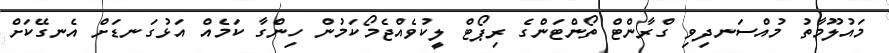
މައުލޫމާތު މުއްސަނދިވި ގްރާންޓް ތޯންޓަންގެ ރިޕޯޓް ލީކުވެއްޖެމޯކަމުން ހިންގާ ކަމެއް އަޅުގަނޑަށް އެނގޭކަށް